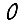
Digit: 0